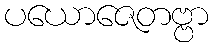
ပယောဇေတဗ္ဗာ